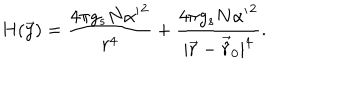
H ( \vec { y } ) = \frac { 4 \pi g _ { s } N { \alpha ^ { \prime } } ^ { 2 } } { r ^ { 4 } } + \frac { 4 \pi g _ { s } N { \alpha ^ { \prime } } ^ { 2 } } { | \vec { r } - \vec { \hat { r } } _ { 0 } | ^ { 4 } } .